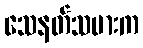
သေနတ်သမားက